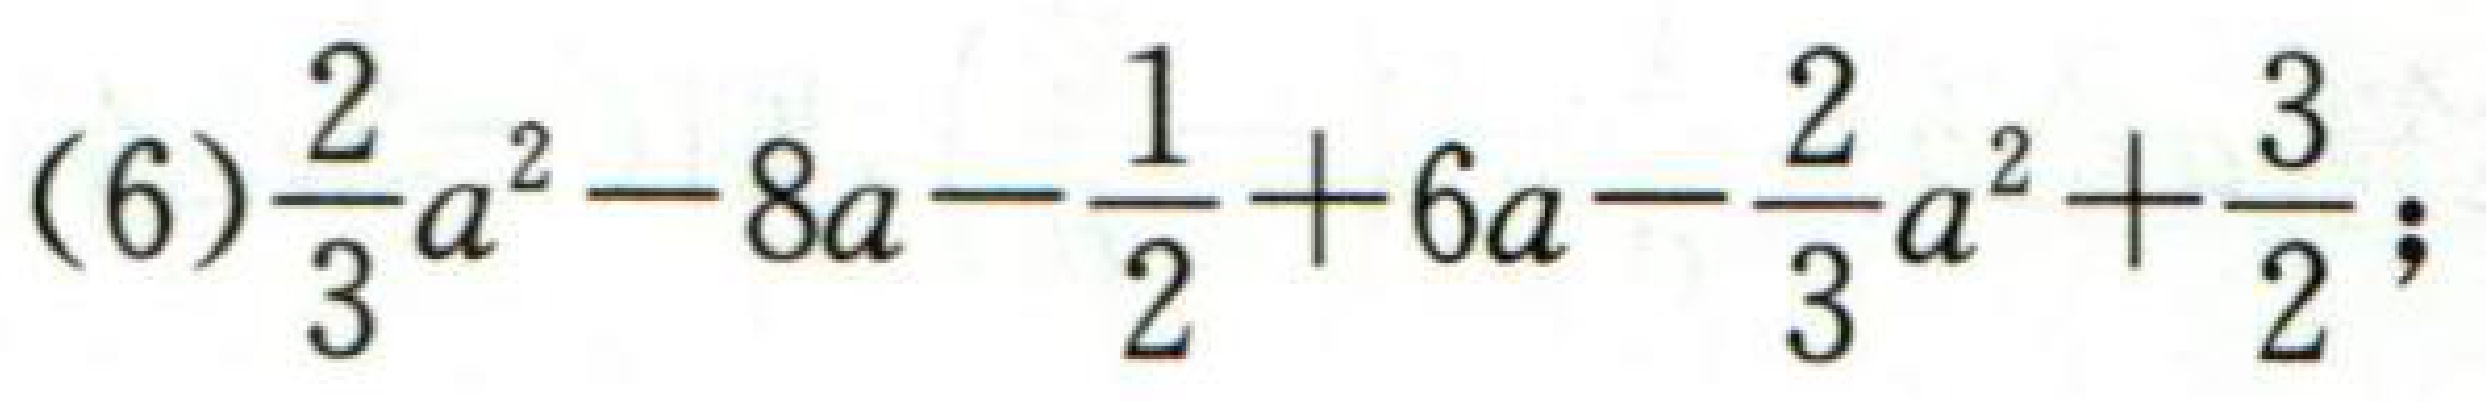
(6)$\frac{2}{3}a^{2}-8a - \frac{1}{2}+6a-\frac{2}{3}a^{2}+\frac{3}{2}$;